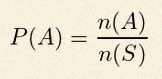
P(A)=\frac{n(A)}{n(S)}